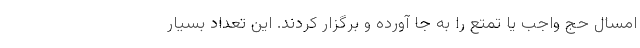
امسال حج واجب یا تمتع را به جا آورده و برگزار کردند. این تعداد بسیار